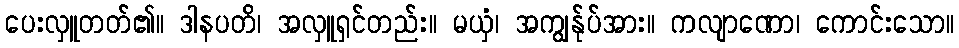
ပေးလှူတတ်၏။ ဒါနပတိ၊ အလှူရှင်တည်း။ မယှံ၊ အကျွန်ုပ်အား။ ကလျာဏော၊ ကောင်းသော။